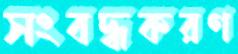
সংবদ্ধকরণ